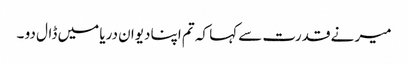
میر نے قدرت سے کہا کہ تم اپنا دیوان دریا میں ڈال دو ۔